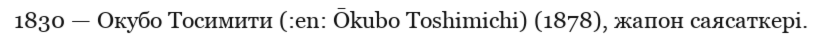
1830 — Окубо Тосимити (:en: Ōkubo Toshimichi) (1878), жапон саясаткері.